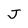
Character: J